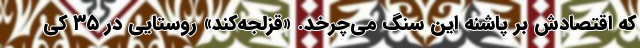
که اقتصادش بر پاشنه این سنگ می‌چرخد. «قزلجه‌کند» روستایی در ۳۵ کی